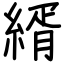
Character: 縃